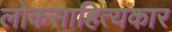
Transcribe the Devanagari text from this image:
लोकसाहित्यकार